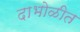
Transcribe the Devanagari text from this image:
दाभोळीत